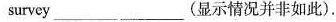
survey___ ___(显示情况并非如此).